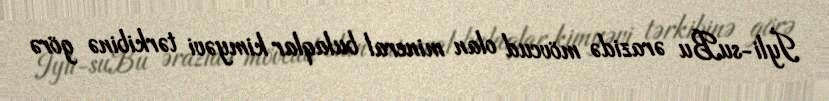
İyli-suBu ərazidə mövcud olan mineral bulaqlar kimyəvi tərkibinə görə